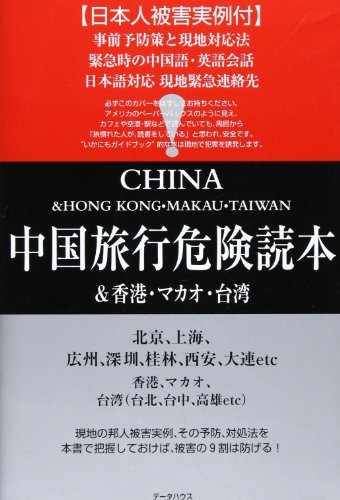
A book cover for China Travel dangerous readings and Hong Kong, Macao and Taiwan (Security books) (2004) ISBN: 4887187696 [Japanese Import]; Travel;